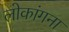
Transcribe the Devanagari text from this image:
लोकांगना